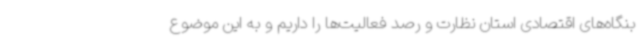
بنگاه‌های اقتصادی استان نظارت و رصد فعالیت‌ها را داریم و به این موضوع